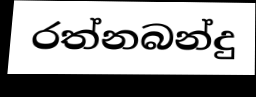
රත්නබන්දු